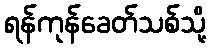
ရန်ကုန်ခေတ်သစ်သို့